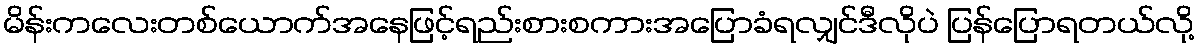
မိန်းကလေးတစ်ယောက်အနေဖြင့်ရည်းစားစကားအပြောခံရလျှင်ဒီလိုပဲ ပြန်ပြောရတယ်လို့